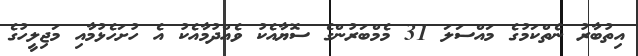
އިތުބާރު ނެތްކަމުގެ މައްސަލަ 31 މެމްބަރުންގެ ސޮޔާއެކު ވެއްދުމާއެކު އެ ހުށަހެޅުމާއި މަޖިލީހުގެ